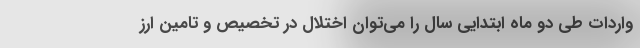
واردات طی دو ماه ابتدایی سال را می‌توان اختلال در تخصیص و تامین ارز